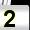
Digit: 2